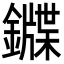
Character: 䥡